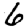
Digit: 6